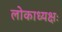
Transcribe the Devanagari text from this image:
लोकाध्यक्षः